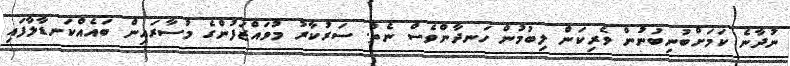
ނުދާނެ ކަމަށްބުނިބުނުން ވެރިކަން ލިބުމުން ހަނދާންވެސް ނެތް. ސަރުކާރު މުވައްޒަފުންގެ މުސާރައިން ބައެއްކަނޑާލާފައި